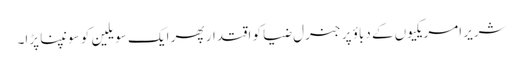
شریر امریکیوں کے دباؤ پر جنرل ضیا کو اقتدار پھر ایک سویلین کو سونپنا پڑا۔